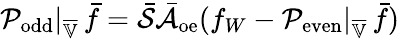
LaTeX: \mathcal{P}_{\mathrm{odd}}|_{\overline{{\mathbb{V}}}}\, \bar{f}=\bar{\mathcal{S}}\bar{\mathcal{A}}_{\mathrm{oe}}(f_{W}-\mathcal{P}_{\mathrm{even}}|_{\overline{{\mathbb{V}}}}\, \bar{f})